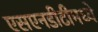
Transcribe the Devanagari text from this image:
एसएनडीटीमध्ये